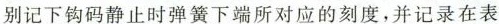
别记下钩码静止时弹簧下端所对应的刻度，并记录在表